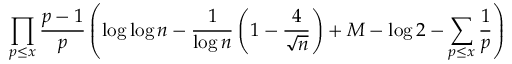
\prod _ { p \leq x } { \frac { p - 1 } { p } } \left( \log \log n - { \frac { 1 } { \log n } } \left( 1 - { \frac { 4 } { \sqrt { n } } } \right) + M - \log 2 - \sum _ { p \leq x } { \frac { 1 } { p } } \right)